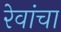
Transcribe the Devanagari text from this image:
रेवांचा